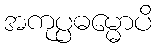
အကုပ္ပဓမ္မောပိ